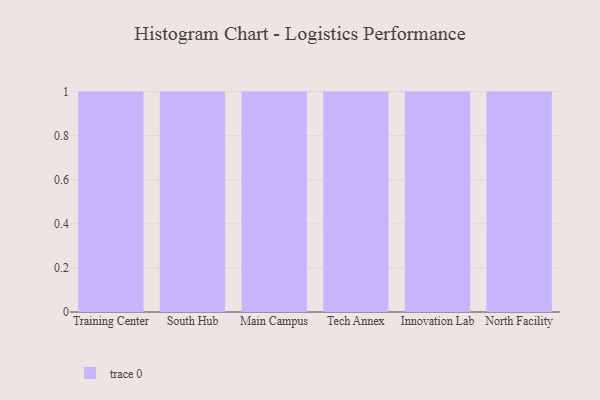
{"axis": {"x": "Campus", "y": "Energy Usage (MWh)"}, "legend": [""], "data": [{"x": "Training Center", "y": 71, "type": ""}, {"x": "South Hub", "y": 43, "type": ""}, {"x": "Main Campus", "y": 49, "type": ""}, {"x": "Tech Annex", "y": 35, "type": ""}, {"x": "Innovation Lab", "y": 6, "type": ""}, {"x": "North Facility", "y": 75, "type": ""}]}